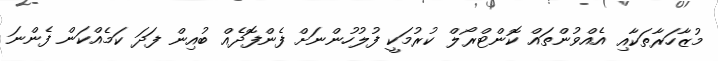
މުޒާހަރާތަކާއި އެއްވުންތައް ކޮންޓްރޯލް ކުރުމަކީ ފުލުހުންނަށް ފެންފޮދެއް ބުއިން ފަދަ ކަމެއްކަން ފެންނަ